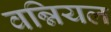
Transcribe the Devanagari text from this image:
वन्नियल